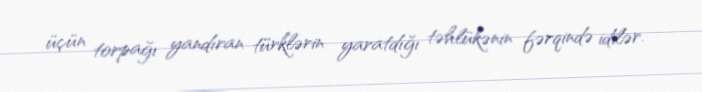
üçün torpağı yandıran türklərin yaratdığı təhlükənin fərqində idilər.